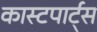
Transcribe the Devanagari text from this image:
कास्टपार्ट्स